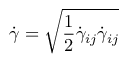
\dot { \gamma } = \sqrt { \frac { 1 } { 2 } \dot { \gamma } _ { i j } \dot { \gamma } _ { i j } }